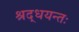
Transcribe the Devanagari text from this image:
श्रद्धयन्तः